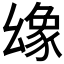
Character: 𢇐